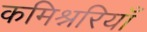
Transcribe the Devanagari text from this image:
कमिश्नरियाँ